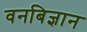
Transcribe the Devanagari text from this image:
वनबिज्ञान